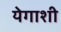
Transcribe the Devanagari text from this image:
येगाशी